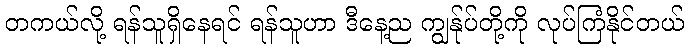
တကယ်လို့ ရန်သူရှိနေရင် ရန်သူဟာ ဒီနေ့ည ကျွန်ုပ်တို့ကို လုပ်ကြံနိုင်တယ်